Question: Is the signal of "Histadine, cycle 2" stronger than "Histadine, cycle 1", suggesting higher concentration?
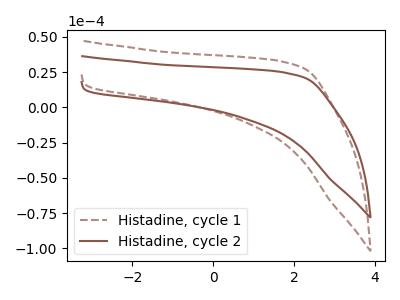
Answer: <think>The brown dashed curve "Histadine, cycle 1" has no peaks. The brown curve "Histadine, cycle 2" has no peaks.
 Neither "Histadine, cycle 2" or "Histadine, cycle 1" have any peaks.</think>
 <answer>I cant tell if "Histadine, cycle 2" or "Histadine, cycle 1" has higher concentration.</answer>
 <eval>mixed_concentration</eval>